Leaving Certificate Examination, 1909
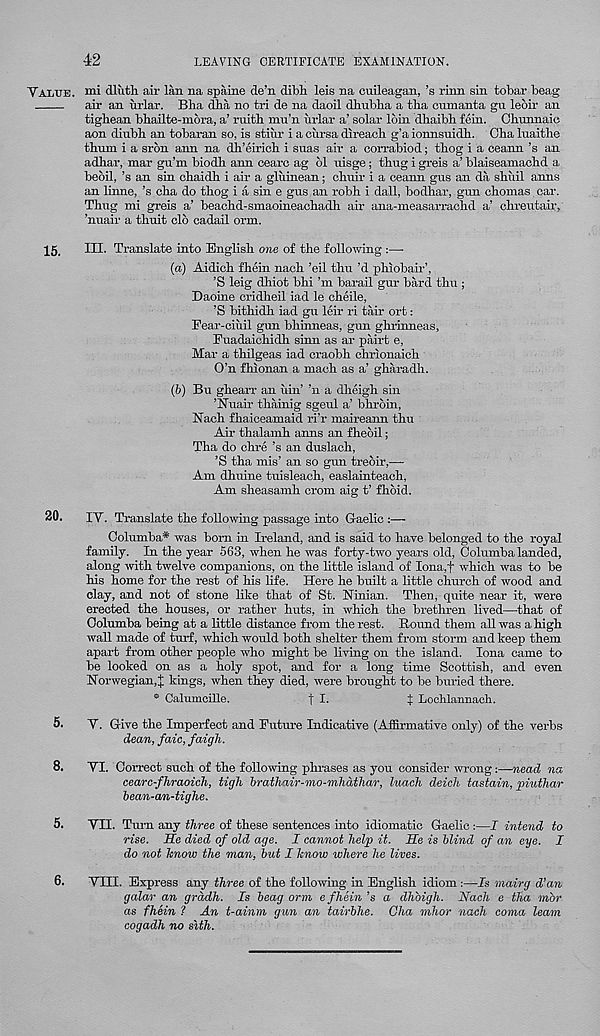
42
LEAVING CERTIFICATE EXAMINATION.
V ATina. mi dluth air lan na spaine de’n dibli leis na cuileagan, ’s rinn sin tobar beag
air an urlar. Blia dba no tri de na daoil dhubba a tha ctunanta gu leoir an
tighean bbailte-mora, a’ ruitb mu’n urlar a’ solar loin dhaibb fein. Cbunnaic
aon dinbb an tobaran so, is stiur i a oursa direacb g’a ionnsnidb. Oba luaithe
tburn i a srbn ann na db’eiriob i suas air a con-abiod; tbog i a ceann’s an
adbar, mar gu’m biodh ann cearc ag 61 uisge; thug i greis a’ blaiseamachd a
beoil, ’s an sin cbaidb i air a gliiinean; choir i a ceann gus an da sbiiil anns
an linne, ’s cha do tbog i a sin e gus an robh i dall, bodhar, gun cbomas car.
Thug mi greis a’ beachd-sinaoineachadh air ana-measarrachd a’ cbreutair,
’nuair a thuit clo cadail orm.
15. ni. Translate into English one of the following :—
(a) Aidicb fhein nacb ’eil thu’d pbiobair’,
’S leig dhiot bbi’m barail gur bard thn;
Daoine cridheil iad le cheile,
’S bitbidb iad gu leir ri tair ort:
Pear-ciuil gun bbinneas, gun ghrinneas,
Euadaicbidb sinn as ar pairt e,
Mar a tbilgeas iad craobh chrionaich
O’n fhionan a macb as a’ gharadb.
(b) Bu gbearr an uin’ ’n a dbeigb sin
’Nuair tbainig sgeul a’ bhroin,
Nacb fbaiceamaid ri’r maireann thu
Air thalamh anns an fbeoil;
Tha do chre’s an duslach,
’S tha mis’ an so gun treoir,—
Am dhuine tuisleach, easlainteach,
Am sheasamh crom aig t’ fhoid.
20. IY. Translate the following passage into Gaelic :—
Oolumba* was bom in Ireland, and is said to have belonged to the royal
family. In the year 563, when he was forty-two years old, Columba landed,
along with twelve companions, on the little island of Iona,f which was to be
his home for the rest of his life. Here he built a little church of wood and
clay, and not of stone like that of St. Ninian. Then, quite near it, were
erected the houses, or rather huts, in which the brethren lived—that of
Oolumba being at a little distance from the rest. Round them all was a high
wall made of turf, which would both shelter them from storm and keep them
apart from other people who might be living on the island. Iona came to
be looked on as a holy spot, and for a long time Scottish, and even
Norwegian,J kings, when they died, were brought to be buried there.
0 Calumcille.
t I-
t Lochlannach.
5. Y. Give the Imperfect and Euture Indicative (Affirmative only) of the verbs
dean, faic, faigh.
8. YI. Correct such of the following phrases as you consider wrong:—nead na
cearc-fhraoich, tigh brathair-mo-mhathar, luach deich tastain, piuthar
bean-an-tighe.
5. YII. Turn any three of these sentences into idiomatic Gaelic :—I intend to
rise. He died of old age. I cannot help it. He is blind of an eye. I
do not know the man, but I know where he lives.
YHI. Express any three of the following in English idiom :—Is mairg d’an
galar an grddh. Is beag orm e fhein ’s a dhbigh. Naoh e tha mbr
as fhein ? An t-ainm gun an tairbhe. Cha mhor nach coma learn
cogadh no sith.
6.